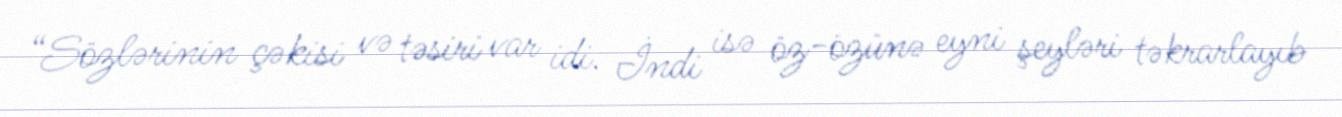
“Sözlərinin çəkisi və təsiri var idi. İndi isə öz-özünə eyni şeyləri təkrarlayıb